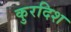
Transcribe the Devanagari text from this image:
कुरदिश